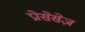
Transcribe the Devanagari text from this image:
प्रोसेसेज़